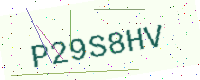
Text: P29S8HV